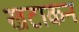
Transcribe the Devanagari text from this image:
खटाकन